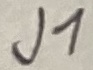
Text: J1